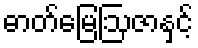
ဓာတ်မြေဩဇာနှင့်